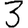
Digit: 3